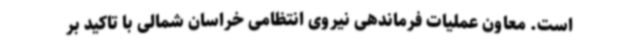
است. معاون عملیات فرماندهی نیروی انتظامی خراسان شمالی با تاکید بر